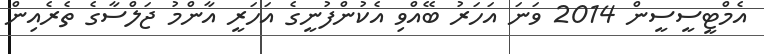
އެމްޓީސީސީން 2014 ވަނަ އަހަަރު ބޭއްވި އެކުންފުނީގެ އަހަރީ އާންމު ޖަލްސާގެ ތެރެއިން